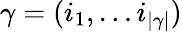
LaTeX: \gamma=(i_{1},\dots i_{|\gamma|})